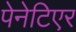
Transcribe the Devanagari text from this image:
पेनेटिएर